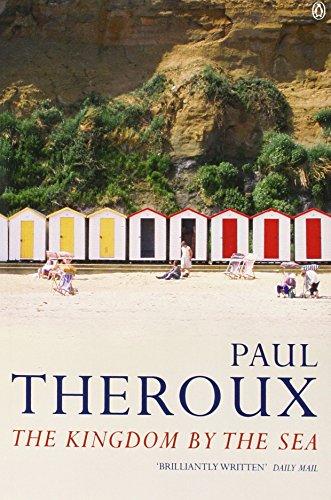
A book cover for The Kingdom by the Sea: A Journey Around the Coast of Great Britain; Paul Theroux; Travel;